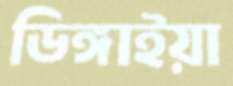
ডিঙ্গাইয়া